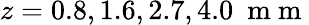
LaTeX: z=0.8,1.6,2.7,4.0\ \mathrm{~m~m~}